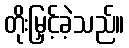
တိုးမြှင့်ခဲ့သည်။